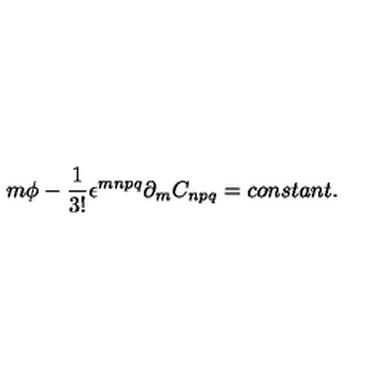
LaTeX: m \phi - \frac { 1 } { 3 ! } \epsilon ^ { m n p q } \partial _ { m } C _ { n p q } = c o n s t a n t .